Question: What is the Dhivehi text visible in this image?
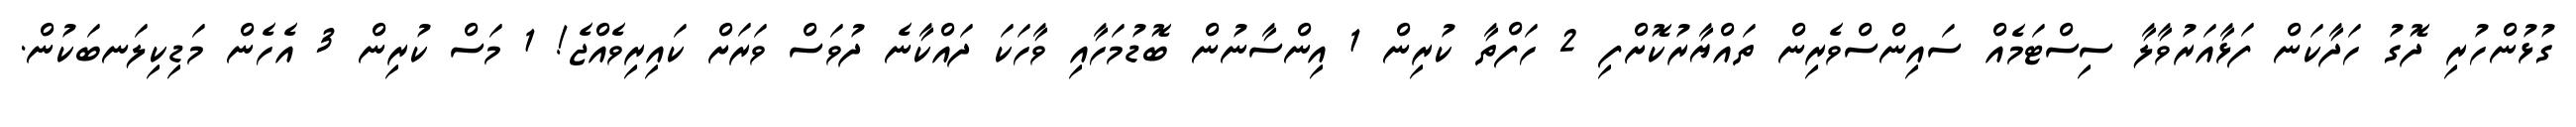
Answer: ގުޅުންހުރި ދޮގު ހަދާކަން ފަޅާއަރުވާލާ ސިސްޓަމެއް ސައިންސްވެރިން ތައްޔާރުކޮށްފި 2 ހަފްތާ ކުރިން 1 އިންސާނުން ބޮޑުމަހާއި ވާހަކަ ދައްކާނެ ދުވަސް ވަރަށް ކައިރިވެއްޖެ! 1 މަސް ކުރިން 3 އެހެން މަޑިކިލަނބަކުން.